Civil Veterinary Dept. Assam report 1927-50 - 1927-1950
Year: 1927
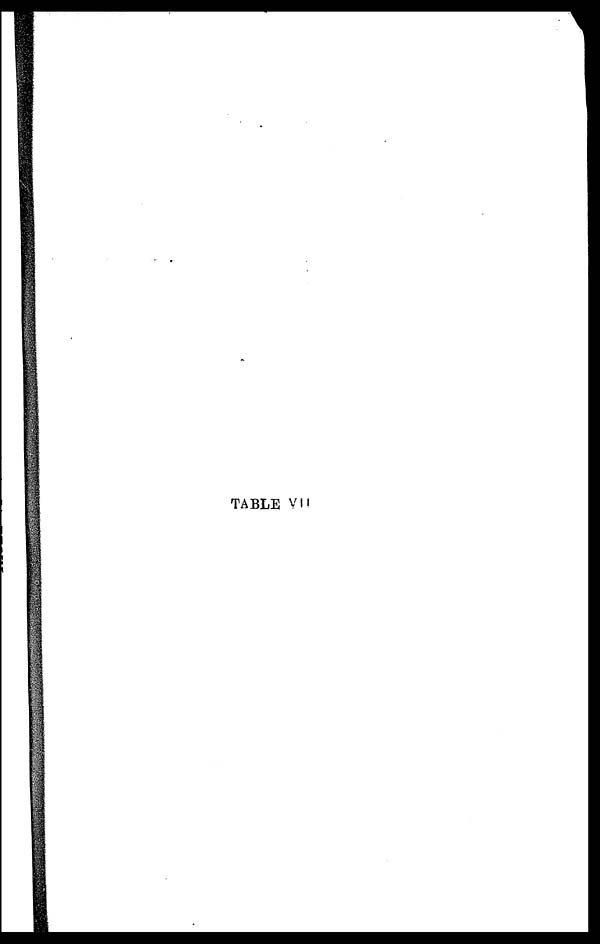
TABLE VII